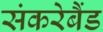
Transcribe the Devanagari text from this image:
संकरेबैंड